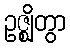
ဥဇ္ဈိတွာ